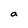
Character: a